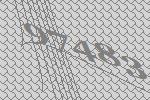
97483